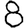
Digit: 8